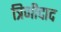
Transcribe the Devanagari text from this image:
त्रिणीदाद